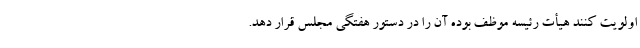
اولویت کنند هیأت رئیسه موظف بوده آن را در دستور هفتگی مجلس قرار دهد.